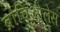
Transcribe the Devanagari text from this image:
ब्रोंचिओलेस